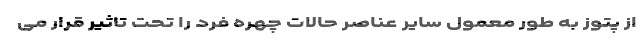
از پتوز به طور معمول سایر عناصر حالات چهره فرد را تحت تاثیر قرار می